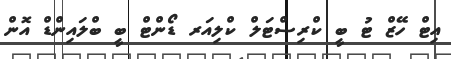
އިޓް ހޭޒް ޓު ބީ ކްރިސްޓަލް ކްލިއަރ ޑޯންޓް ބީ ބްލައިންޑް އޮން